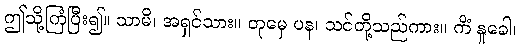
ဤသို့ကြံပြီး၍။ သာမိ၊ အရှင်သား။ တုမှေ ပန၊ သင်တို့သည်ကား။ ကိံ နူခေါ၊